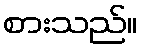
စားသည်။